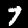
Label: 7